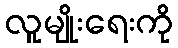
လူမျိုးရေးကို